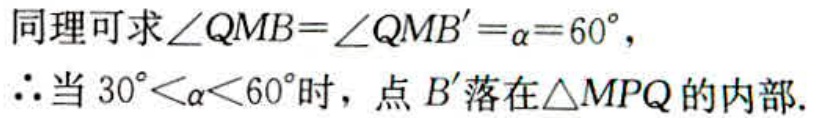
同理可求\(\angle QMB = \angle QMB'=\alpha = 60^{\circ}\)，
\(\therefore\)当\(30^{\circ}<\alpha<60^{\circ}\)时，点\(B'\)落在\(\triangle MPQ\)的内部.